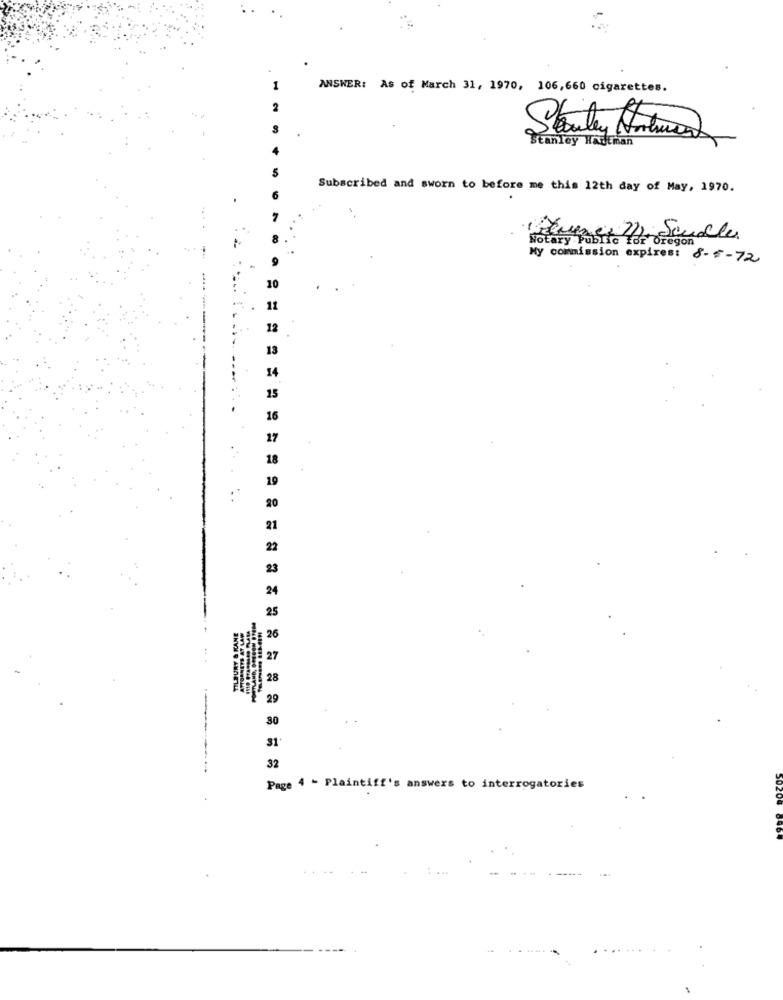
1
ANSWER: As of March 31, 1970, 106,660 cigarettes.
Stanley Hartman
Subscribed and sworn to before me this 12th day of May, 1970.
Notary Public 1of Oregon
My commission expires: 8-5-72
10
11
12
13
14
15
16
17
18
19
:'
20
21
22
23
24
25
TILBURY & KANE
ATTORNEYS AT LAW
26
27
28
29
30
31
32
Page 4 - Plaintiff's answers to interrogatories